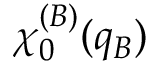
\chi _ { 0 } ^ { ( B ) } ( q _ { B } )